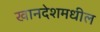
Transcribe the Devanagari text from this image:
खानदेशमधील